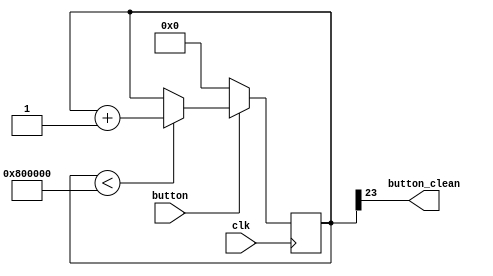
module jitter_clr(
    input clk,
    input button,
    output button_clean);
    reg [23:0] cnt;
    always@(posedge clk)
    begin
        if(button == 1'b0)
            cnt <= 24'h000000;
        else if(cnt < 24'h800000)
            cnt <= cnt + 1'b1;
    end
    assign button_clean = cnt[23];
endmodule

module signal_edge(
    input clk,
    input button,
    output button_redge);
    reg button_r1, button_r2;

always@(posedge clk)
    button_r1 <= button;

always@(posedge clk)
    button_r2 <= button_r1;

assign button_redge = button_r1 & (~button_r2);
endmodule


module button_control(
    input clk, rst,
    input button_up, button_down, button_right, button_left, button_shoot,
    output up, down, right, left, shoot,
    output reg [7:0] led);

wire button_up_clean;
wire button_down_clean;
wire button_right_clean;
wire button_left_clean;
wire button_shoot_clean;

initial led = 8'b1111_1111;

jitter_clr J0(clk, button_up, button_up_clean);
jitter_clr J1(clk, button_down, button_down_clean);    
jitter_clr J2(clk, button_right, button_right_clean);
jitter_clr J3(clk, button_left, button_left_clean);
jitter_clr J4(clk, button_shoot, button_shoot_clean);

signal_edge S0(clk, button_up_clean, up);
signal_edge S1(clk, button_down_clean, down);
signal_edge S2(clk, button_right_clean, right);
signal_edge S3(clk, button_left_clean, left);
signal_edge S4(clk, button_shoot_clean, shoot);
    
always @(posedge clk) begin
    if(rst)
        led <= 8'b1111_1111;
    else begin
        if(up)
            led[4] <= ~led[4];
        if(down)
            led[3] <= ~led[3];
        if(left)
            led[2] <= ~led[2];
        if(right) 
            led[1] <= ~led[1];
        if(shoot)
            led[0] <= ~led[0];
    end
end
endmodule